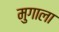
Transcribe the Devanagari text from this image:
मुगाला